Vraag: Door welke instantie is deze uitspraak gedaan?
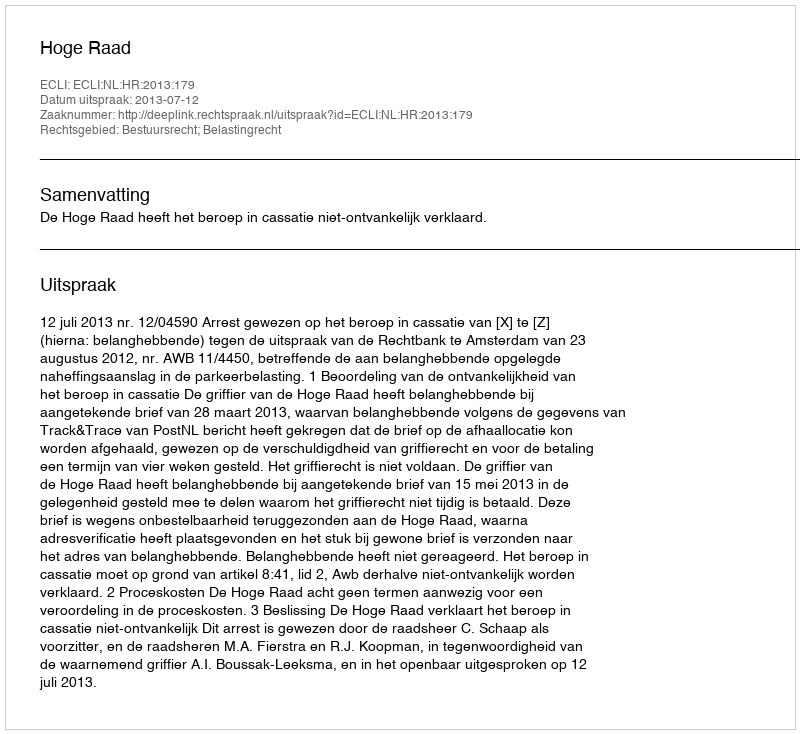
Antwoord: Hoge Raad